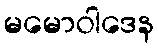
မမောဝါဒေန